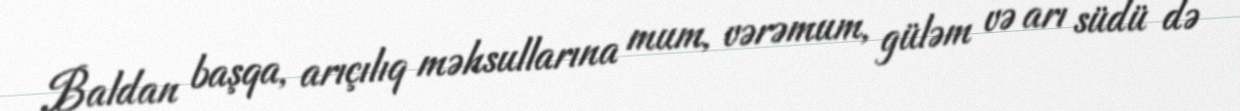
Baldan başqa, arıçılıq məhsullarına mum, vərəmum, güləm və arı südü də